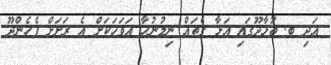
އަދި ބ. ތުޅާދޫގައި އަޅާ ގެތައް ނިމުނުހާ އަވަހަކަށް އެ ރަށަަަށް ފެހެންދޫ